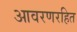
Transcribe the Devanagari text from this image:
आवरणरहित